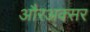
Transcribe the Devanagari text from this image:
औरअक्सर